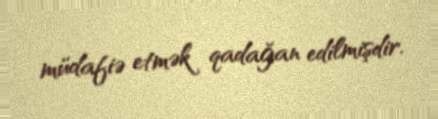
müdafiə etmək qadağan edilmişdir.